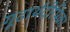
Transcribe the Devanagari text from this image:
गूढार्थदीपिका